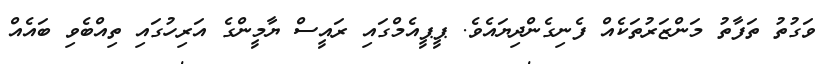
ވަގުތު ތަފާތު މަންޒަރުތަކެއް ފެނިގެންދިޔައެވެ. ޕީޕީއެމްގައި ރައީސް ޔާމީންގެ އަރިހުގައި ތިއްބެވި ބައެއް